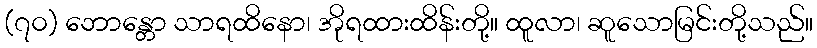
(၇၀) ဘောန္တော သာရထိနော၊ အိုရထားထိန်းတို့။ ထူလာ၊ ဆူသောမြင်းတို့သည်။